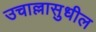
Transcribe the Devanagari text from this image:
उचाल्लासुधील